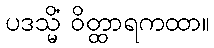
ပဒသ္မိံ ဝိတ္ထာရကထာ။